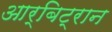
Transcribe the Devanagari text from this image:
आर्बिट्रान